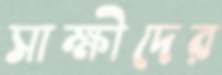
সাক্ষীদের